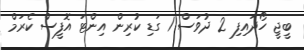
ބީޖީ ހޯދައިފި 2 ދުވަސް 1 ގަޑި ކުރިން އިންޓަ އޮފީސް ކެރަމް